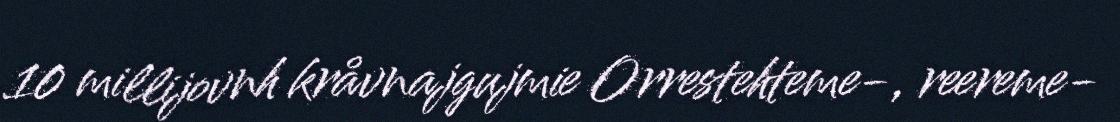
10 millijovnh kråvnajgujmie Orrestehteme-, reereme-